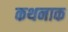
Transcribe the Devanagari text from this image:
कथनाक